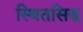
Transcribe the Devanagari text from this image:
स्थितसिद्ध